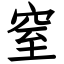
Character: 窒